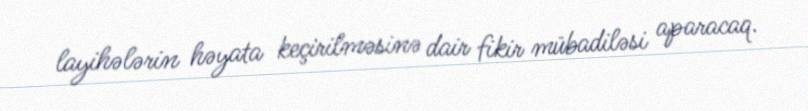
layihələrin həyata keçirilməsinə dair fikir mübadiləsi aparacaq.